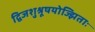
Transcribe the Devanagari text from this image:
द्विजशुश्रूषयोज्झिताः